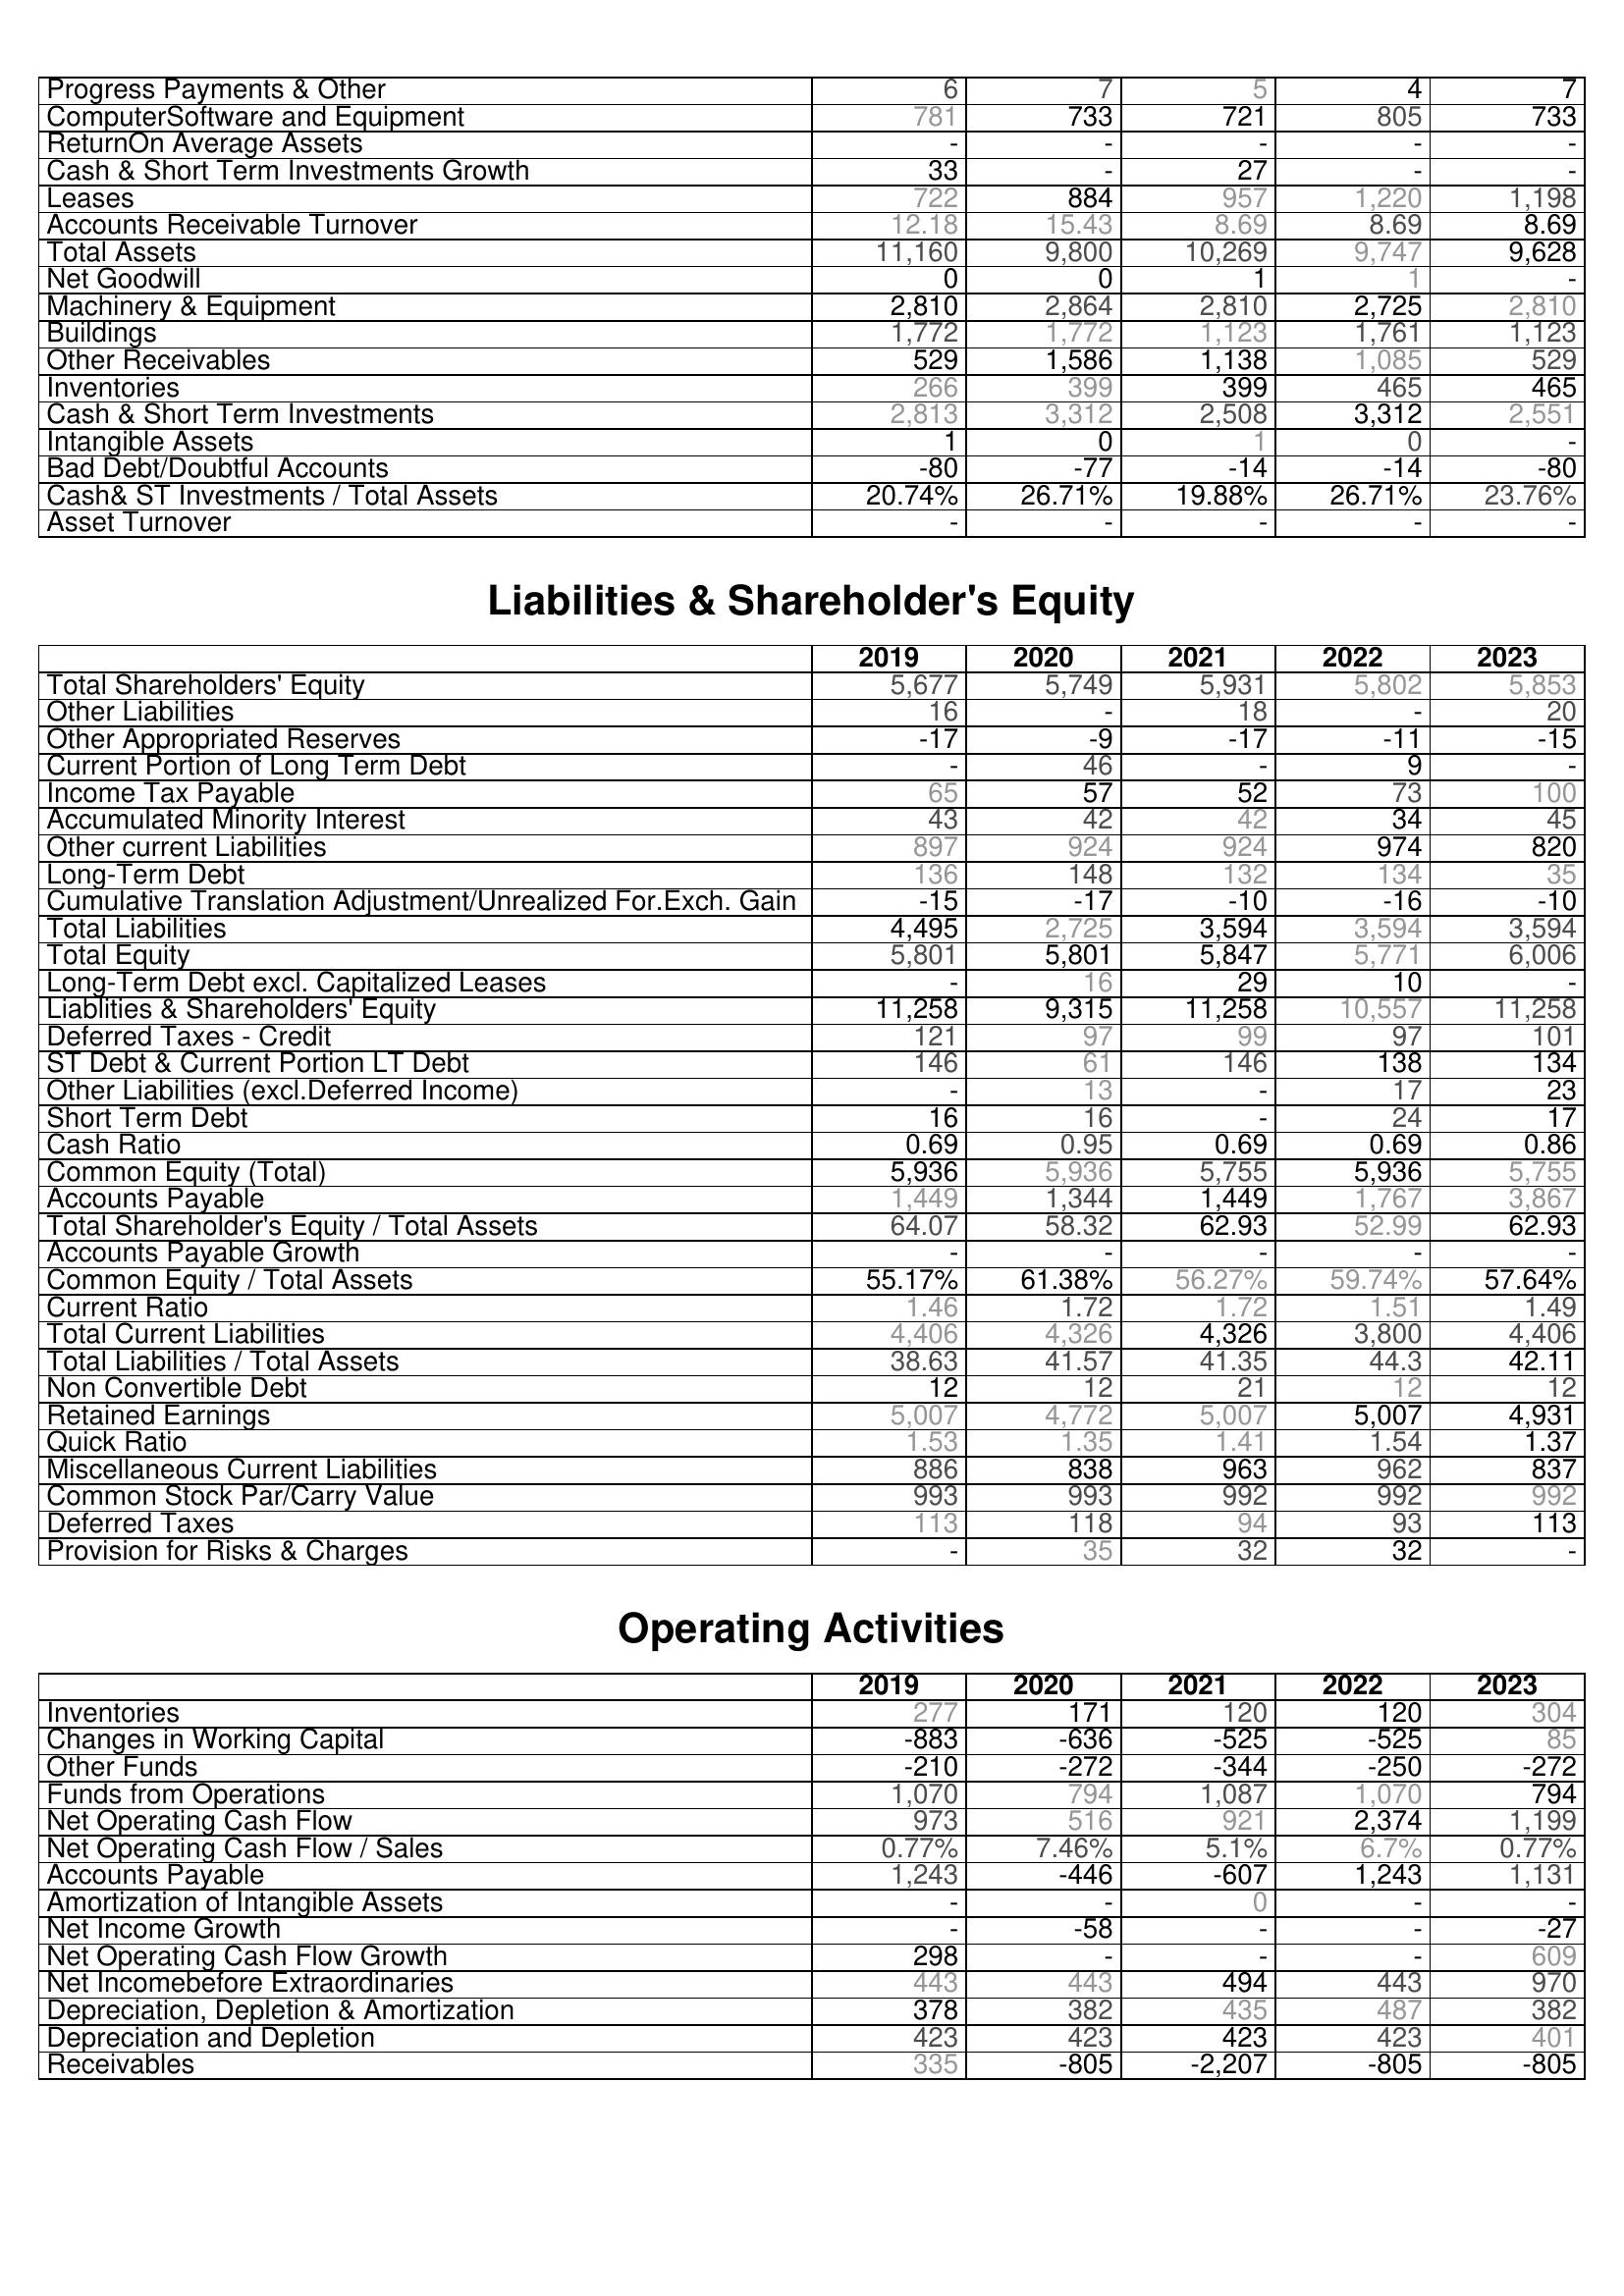
2019: Assets: Progress Payments & Other: 6
ComputerSoftware and Equipment: 781
ReturnOn Average Assets: -
Cash & Short Term Investments Growth: 33
Leases: 722
Accounts Receivable Turnover: 12.18
Total Assets: 11,160
Net Goodwill: 0
Machinery & Equipment: 2,810
Buildings: 1,772
Other Receivables: 529
Inventories: 266
Cash & Short Term Investments: 2,813
Intangible Assets: 1
Bad Debt/Doubtful Accounts: -80
Cash& ST Investments / Total Assets: 20.74%
Asset Turnover: -
Liabilities & Shareholder's Equity: Total Shareholders' Equity: 5,677
Other Liabilities: 16
Other Appropriated Reserves: -17
Current Portion of Long Term Debt: -
Income Tax Payable: 65
Accumulated Minority Interest: 43
Other current Liabilities: 897
Long-Term Debt: 136
Cumulative Translation Adjustment/Unrealized For.Exch. Gain: -15
Total Liabilities: 4,495
Total Equity: 5,801
Long-Term Debt excl. Capitalized Leases: -
Liablities & Shareholders' Equity: 11,258
Deferred Taxes - Credit: 121
ST Debt & Current Portion LT Debt: 146
Other Liabilities (excl.Deferred Income): -
Short Term Debt: 16
Cash Ratio: 0.69
Common Equity (Total): 5,936
Accounts Payable: 1,449
Total Shareholder's Equity / Total Assets: 64.07
Accounts Payable Growth: -
Common Equity / Total Assets: 55.17%
Current Ratio: 1.46
Total Current Liabilities: 4,406
Total Liabilities / Total Assets: 38.63
Non Convertible Debt: 12
Retained Earnings: 5,007
Quick Ratio: 1.53
Miscellaneous Current Liabilities: 886
Common Stock Par/Carry Value: 993
Deferred Taxes: 113
Provision for Risks & Charges: -
Operating Activities: Inventories: 277
Changes in Working Capital: -883
Other Funds: -210
Funds from Operations: 1,070
Net Operating Cash Flow: 973
Net Operating Cash Flow / Sales: 0.77%
Accounts Payable: 1,243
Amortization of Intangible Assets: -
Net Income Growth: -
Net Operating Cash Flow Growth: 298
Net Incomebefore Extraordinaries: 443
Depreciation, Depletion & Amortization: 378
Depreciation and Depletion: 423
Receivables: 335
2020: Assets: Progress Payments & Other: 7
ComputerSoftware and Equipment: 733
ReturnOn Average Assets: -
Cash & Short Term Investments Growth: -
Leases: 884
Accounts Receivable Turnover: 15.43
Total Assets: 9,800
Net Goodwill: 0
Machinery & Equipment: 2,864
Buildings: 1,772
Other Receivables: 1,586
Inventories: 399
Cash & Short Term Investments: 3,312
Intangible Assets: 0
Bad Debt/Doubtful Accounts: -77
Cash& ST Investments / Total Assets: 26.71%
Asset Turnover: -
Liabilities & Shareholder's Equity: Total Shareholders' Equity: 5,749
Other Liabilities: -
Other Appropriated Reserves: -9
Current Portion of Long Term Debt: 46
Income Tax Payable: 57
Accumulated Minority Interest: 42
Other current Liabilities: 924
Long-Term Debt: 148
Cumulative Translation Adjustment/Unrealized For.Exch. Gain: -17
Total Liabilities: 2,725
Total Equity: 5,801
Long-Term Debt excl. Capitalized Leases: 16
Liablities & Shareholders' Equity: 9,315
Deferred Taxes - Credit: 97
ST Debt & Current Portion LT Debt: 61
Other Liabilities (excl.Deferred Income): 13
Short Term Debt: 16
Cash Ratio: 0.95
Common Equity (Total): 5,936
Accounts Payable: 1,344
Total Shareholder's Equity / Total Assets: 58.32
Accounts Payable Growth: -
Common Equity / Total Assets: 61.38%
Current Ratio: 1.72
Total Current Liabilities: 4,326
Total Liabilities / Total Assets: 41.57
Non Convertible Debt: 12
Retained Earnings: 4,772
Quick Ratio: 1.35
Miscellaneous Current Liabilities: 838
Common Stock Par/Carry Value: 993
Deferred Taxes: 118
Provision for Risks & Charges: 35
Operating Activities: Inventories: 171
Changes in Working Capital: -636
Other Funds: -272
Funds from Operations: 794
Net Operating Cash Flow: 516
Net Operating Cash Flow / Sales: 7.46%
Accounts Payable: -446
Amortization of Intangible Assets: -
Net Income Growth: -58
Net Operating Cash Flow Growth: -
Net Incomebefore Extraordinaries: 443
Depreciation, Depletion & Amortization: 382
Depreciation and Depletion: 423
Receivables: -805
2021: Assets: Progress Payments & Other: 5
ComputerSoftware and Equipment: 721
ReturnOn Average Assets: -
Cash & Short Term Investments Growth: 27
Leases: 957
Accounts Receivable Turnover: 8.69
Total Assets: 10,269
Net Goodwill: 1
Machinery & Equipment: 2,810
Buildings: 1,123
Other Receivables: 1,138
Inventories: 399
Cash & Short Term Investments: 2,508
Intangible Assets: 1
Bad Debt/Doubtful Accounts: -14
Cash& ST Investments / Total Assets: 19.88%
Asset Turnover: -
Liabilities & Shareholder's Equity: Total Shareholders' Equity: 5,931
Other Liabilities: 18
Other Appropriated Reserves: -17
Current Portion of Long Term Debt: -
Income Tax Payable: 52
Accumulated Minority Interest: 42
Other current Liabilities: 924
Long-Term Debt: 132
Cumulative Translation Adjustment/Unrealized For.Exch. Gain: -10
Total Liabilities: 3,594
Total Equity: 5,847
Long-Term Debt excl. Capitalized Leases: 29
Liablities & Shareholders' Equity: 11,258
Deferred Taxes - Credit: 99
ST Debt & Current Portion LT Debt: 146
Other Liabilities (excl.Deferred Income): -
Short Term Debt: -
Cash Ratio: 0.69
Common Equity (Total): 5,755
Accounts Payable: 1,449
Total Shareholder's Equity / Total Assets: 62.93
Accounts Payable Growth: -
Common Equity / Total Assets: 56.27%
Current Ratio: 1.72
Total Current Liabilities: 4,326
Total Liabilities / Total Assets: 41.35
Non Convertible Debt: 21
Retained Earnings: 5,007
Quick Ratio: 1.41
Miscellaneous Current Liabilities: 963
Common Stock Par/Carry Value: 992
Deferred Taxes: 94
Provision for Risks & Charges: 32
Operating Activities: Inventories: 120
Changes in Working Capital: -525
Other Funds: -344
Funds from Operations: 1,087
Net Operating Cash Flow: 921
Net Operating Cash Flow / Sales: 5.1%
Accounts Payable: -607
Amortization of Intangible Assets: 0
Net Income Growth: -
Net Operating Cash Flow Growth: -
Net Incomebefore Extraordinaries: 494
Depreciation, Depletion & Amortization: 435
Depreciation and Depletion: 423
Receivables: -2,207
2022: Assets: Progress Payments & Other: 4
ComputerSoftware and Equipment: 805
ReturnOn Average Assets: -
Cash & Short Term Investments Growth: -
Leases: 1,220
Accounts Receivable Turnover: 8.69
Total Assets: 9,747
Net Goodwill: 1
Machinery & Equipment: 2,725
Buildings: 1,761
Other Receivables: 1,085
Inventories: 465
Cash & Short Term Investments: 3,312
Intangible Assets: 0
Bad Debt/Doubtful Accounts: -14
Cash& ST Investments / Total Assets: 26.71%
Asset Turnover: -
Liabilities & Shareholder's Equity: Total Shareholders' Equity: 5,802
Other Liabilities: -
Other Appropriated Reserves: -11
Current Portion of Long Term Debt: 9
Income Tax Payable: 73
Accumulated Minority Interest: 34
Other current Liabilities: 974
Long-Term Debt: 134
Cumulative Translation Adjustment/Unrealized For.Exch. Gain: -16
Total Liabilities: 3,594
Total Equity: 5,771
Long-Term Debt excl. Capitalized Leases: 10
Liablities & Shareholders' Equity: 10,557
Deferred Taxes - Credit: 97
ST Debt & Current Portion LT Debt: 138
Other Liabilities (excl.Deferred Income): 17
Short Term Debt: 24
Cash Ratio: 0.69
Common Equity (Total): 5,936
Accounts Payable: 1,767
Total Shareholder's Equity / Total Assets: 52.99
Accounts Payable Growth: -
Common Equity / Total Assets: 59.74%
Current Ratio: 1.51
Total Current Liabilities: 3,800
Total Liabilities / Total Assets: 44.3
Non Convertible Debt: 12
Retained Earnings: 5,007
Quick Ratio: 1.54
Miscellaneous Current Liabilities: 962
Common Stock Par/Carry Value: 992
Deferred Taxes: 93
Provision for Risks & Charges: 32
Operating Activities: Inventories: 120
Changes in Working Capital: -525
Other Funds: -250
Funds from Operations: 1,070
Net Operating Cash Flow: 2,374
Net Operating Cash Flow / Sales: 6.7%
Accounts Payable: 1,243
Amortization of Intangible Assets: -
Net Income Growth: -
Net Operating Cash Flow Growth: -
Net Incomebefore Extraordinaries: 443
Depreciation, Depletion & Amortization: 487
Depreciation and Depletion: 423
Receivables: -805
2023: Assets: Progress Payments & Other: 7
ComputerSoftware and Equipment: 733
ReturnOn Average Assets: -
Cash & Short Term Investments Growth: -
Leases: 1,198
Accounts Receivable Turnover: 8.69
Total Assets: 9,628
Net Goodwill: -
Machinery & Equipment: 2,810
Buildings: 1,123
Other Receivables: 529
Inventories: 465
Cash & Short Term Investments: 2,551
Intangible Assets: -
Bad Debt/Doubtful Accounts: -80
Cash& ST Investments / Total Assets: 23.76%
Asset Turnover: -
Liabilities & Shareholder's Equity: Total Shareholders' Equity: 5,853
Other Liabilities: 20
Other Appropriated Reserves: -15
Current Portion of Long Term Debt: -
Income Tax Payable: 100
Accumulated Minority Interest: 45
Other current Liabilities: 820
Long-Term Debt: 35
Cumulative Translation Adjustment/Unrealized For.Exch. Gain: -10
Total Liabilities: 3,594
Total Equity: 6,006
Long-Term Debt excl. Capitalized Leases: -
Liablities & Shareholders' Equity: 11,258
Deferred Taxes - Credit: 101
ST Debt & Current Portion LT Debt: 134
Other Liabilities (excl.Deferred Income): 23
Short Term Debt: 17
Cash Ratio: 0.86
Common Equity (Total): 5,755
Accounts Payable: 3,867
Total Shareholder's Equity / Total Assets: 62.93
Accounts Payable Growth: -
Common Equity / Total Assets: 57.64%
Current Ratio: 1.49
Total Current Liabilities: 4,406
Total Liabilities / Total Assets: 42.11
Non Convertible Debt: 12
Retained Earnings: 4,931
Quick Ratio: 1.37
Miscellaneous Current Liabilities: 837
Common Stock Par/Carry Value: 992
Deferred Taxes: 113
Provision for Risks & Charges: -
Operating Activities: Inventories: 304
Changes in Working Capital: 85
Other Funds: -272
Funds from Operations: 794
Net Operating Cash Flow: 1,199
Net Operating Cash Flow / Sales: 0.77%
Accounts Payable: 1,131
Amortization of Intangible Assets: -
Net Income Growth: -27
Net Operating Cash Flow Growth: 609
Net Incomebefore Extraordinaries: 970
Depreciation, Depletion & Amortization: 382
Depreciation and Depletion: 401
Receivables: -805